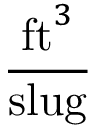
\frac { { \mathrm { f t } } ^ { 3 } } { \mathrm { s l u g } }